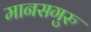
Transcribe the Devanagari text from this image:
मानसगुरु